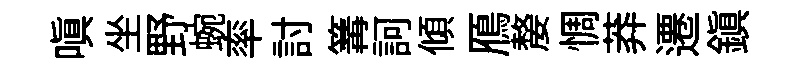
嗔坐野蜿率討篝訶傾鴈嫠惆莽遷鎮